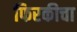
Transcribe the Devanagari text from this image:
फिरकीचा